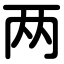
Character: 两